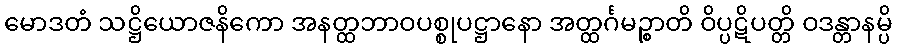
မောဒတံ သဋ္ဌိယောဇနိကော အနတ္ထဘာဝပစ္စုပဋ္ဌာနော အတ္ထင်္ဂမဉ္စာတိ ဝိပ္ပဋိပတ္တိ ဝဒန္တာနမ္ပိ